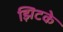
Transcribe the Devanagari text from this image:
झिटके